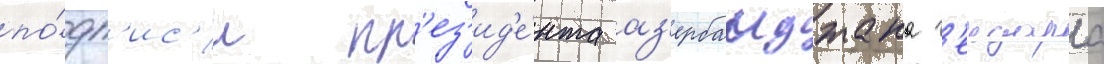
по́дп'ис'и пр'ез'ид'е́нта аз'ербаиджана г'еидара